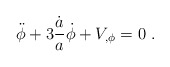
\begin{align*}\ddot \phi + 3 { \dot a \over a} \dot \phi + V_{,\phi}=0 \ .\end{align*}